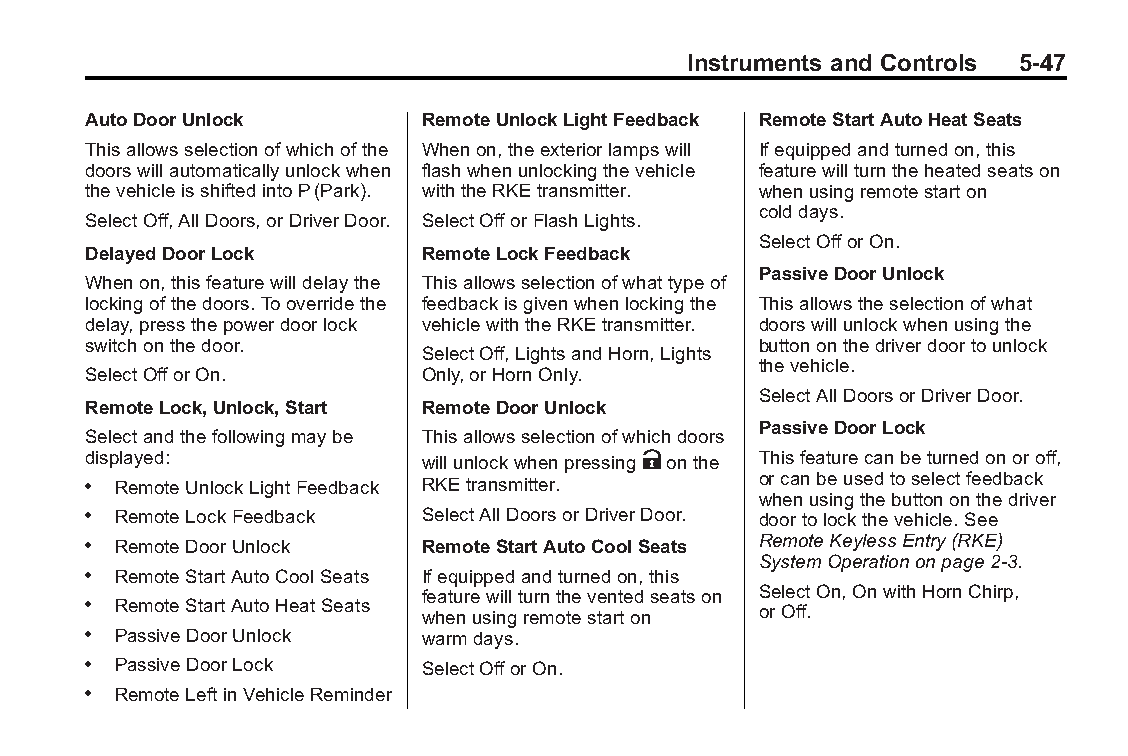
Buick LaCrosse Owner Manual (GMNA-Localizing-U.S./Canada/Mexico- Blackplate(47,1)
 6043609)-2014-2ndEdition-10/17/13
 Instruments and Controls 5-47
 AutoDoorUnlock         RemoteUnlockLightFeedback RemoteStartAutoHeatSeats
 Thisallowsselectionofwhichofthe Whenon,theexteriorlampswill Ifequippedandturnedon,this
 doorswillautomaticallyunlockwhen flashwhenunlockingthevehicle featurewillturntheheatedseatson
 thevehicleisshiftedintoP(Park). withtheRKEtransmitter. whenusingremotestarton
 colddays.
 SelectOff,AllDoors,orDriverDoor. SelectOfforFlashLights.
 SelectOfforOn.
 DelayedDoorLock        RemoteLockFeedback
 PassiveDoorUnlock
 Whenon,thisfeaturewilldelaythe Thisallowsselectionofwhattypeof
 lockingofthedoors.Tooverridethe feedbackisgivenwhenlockingthe Thisallowstheselectionofwhat
 delay,pressthepowerdoorlock vehiclewiththeRKEtransmitter. doorswillunlockwhenusingthe
 switchonthedoor.                             buttononthedriverdoortounlock
 SelectOff,LightsandHorn,Lights
 thevehicle.
 SelectOfforOn.         Only,orHornOnly.
 SelectAllDoorsorDriverDoor.
 RemoteLock,Unlock,Start RemoteDoorUnlock
 PassiveDoorLock
 Selectandthefollowingmaybe Thisallowsselectionofwhichdoors
 displayed:             willunlockwhenpressingKonthe Thisfeaturecanbeturnedonoroff,
 . RemoteUnlockLightFeedback RKEtransmitter.  orcanbeusedtoselectfeedback
 whenusingthebuttononthedriver
 . RemoteLockFeedback   SelectAllDoorsorDriverDoor. doortolockthevehicle.See
 . RemoteDoorUnlock     RemoteStartAutoCoolSeats RemoteKeylessEntry(RKE)
 SystemOperationonpage2-3.
 . RemoteStartAutoCoolSeats Ifequippedandturnedon,this
 featurewillturntheventedseatson SelectOn,OnwithHornChirp,
 . RemoteStartAutoHeatSeats whenusingremotestarton orOff.
 . PassiveDoorUnlock    warmdays.
 . PassiveDoorLock      SelectOfforOn.
 . RemoteLeftinVehicleReminder